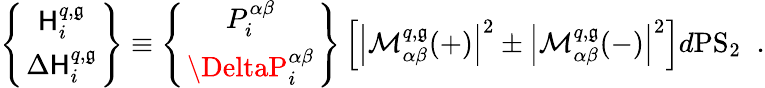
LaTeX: \left\{ \mathsf{H}_{i}^{q,\mathfrak{g}}\atop\Delta\mathsf{H}_{i}^{q,\mathfrak{g}}\right\} \equiv\left\{ P_{i}^{\alpha\beta}\atop\DeltaP_{i}^{\alpha\beta}\right\} \left[\left|{\cal{M}}_{\alpha\beta}^{q,\mathfrak{g}}(+)\right|^{2}\pm\left|{\cal{M}}_{\alpha\beta}^{q,\mathfrak{g}}(-)\right|^{2}\right]d{\mathrm{{PS}}}_{2}\; \; .